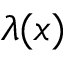
\lambda ( x )